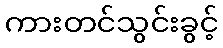
ကားတင်သွင်းခွင့်